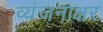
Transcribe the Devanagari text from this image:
व्यंजनाक्षर